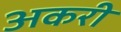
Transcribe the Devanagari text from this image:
अकरी